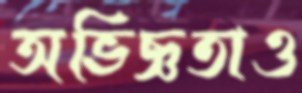
অভিজ্ঞতাও